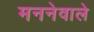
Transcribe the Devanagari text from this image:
मननेवाले